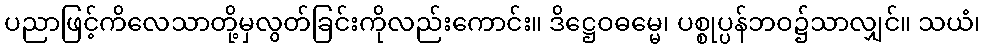
ပညာဖြင့်ကိလေသာတို့မှလွတ်ခြင်းကိုလည်းကောင်း။ ဒိဋ္ဌေဝဓမ္မေ၊ ပစ္စုပ္ပန်ဘဝ၌သာလျှင်။ သယံ၊